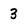
Character: 3